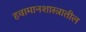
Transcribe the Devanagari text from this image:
हवामानशास्त्रातील